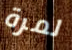
لمرة